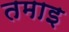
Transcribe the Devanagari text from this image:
तमाइ